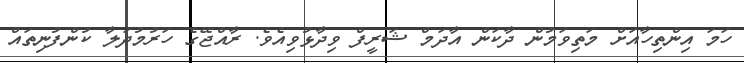
ހަަމަ އިންތިހާއަށް މަތިވަމުން ދާކަން އާދަމް ޝަރީފް ވިދާޅުވިއެވެ. ރާއްޖޭގެ ހަރުމުދަލާ ކުންފުނިތައް